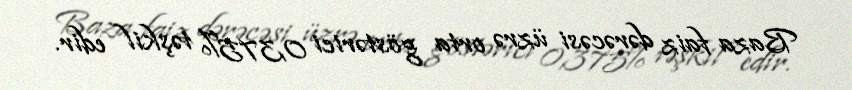
Baza faiz dərəcəsi üzrə orta göstərici 0,375% təşkil edir.